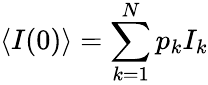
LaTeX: \langle I(0)\rangle=\sum_{k=1}^{N}p_{k}I_{k}